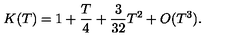
K ( T ) = 1 + { \frac { T } { 4 } } + { \frac { 3 } { 3 2 } } T ^ { 2 } + O ( T ^ { 3 } ) .